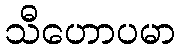
သီဟောပမာ